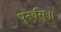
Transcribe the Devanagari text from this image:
पुनर्वसुः।।